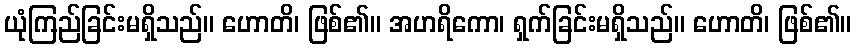
ယုံကြည်ခြင်းမရှိသည်။ ဟောတိ၊ ဖြစ်၏။ အဟရိကော၊ ရှက်ခြင်းမရှိသည်။ ဟောတိ၊ ဖြစ်၏။